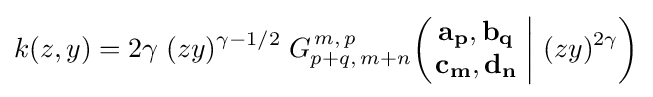
k(z,y)=2\gamma \;(zy)^{\gamma -1/2}\;G_{p+q,\,m+n}^{\,m,\,p}\!\left(\left.{\begin{matrix}\mathbf {a_{p}} ,\mathbf {b_{q}} \\\mathbf {c_{m}} ,\mathbf {d_{n}} \end{matrix}}\;\right|\,(zy)^{2\gamma }\right)